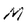
Character: M